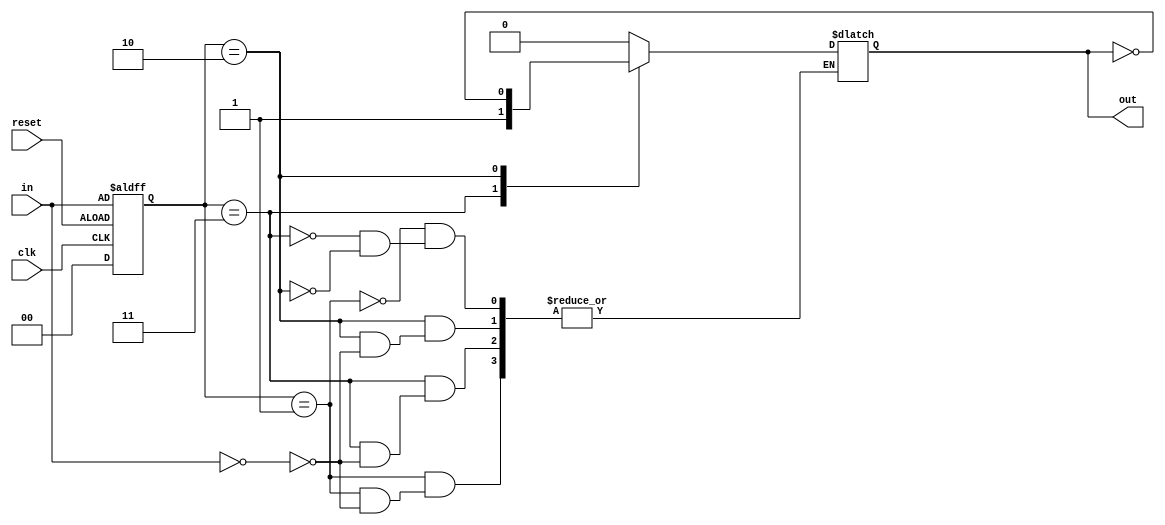
`timescale 1 ns / 1 ps

module lab_10_2_1(in,out,clk,reset);
    input wire[1:0] in;             //
    input wire clk;                 //
    input wire reset;               //
    output reg out = 1'b0;          //


    //
    parameter s0 = 2'b00;
    parameter s1 = 2'b01;
    parameter s2 = 2'b10;
    parameter s3 = 2'b11;

    //
    reg[1:0] current_state;
    reg[1:0] next_state;

    //
    always @(posedge clk or negedge reset)
        begin
            if(reset)
                current_state <= s0;
            else
                current_state <= next_state;
        end

    //
    always @(in)
        next_state = in;

    //
    always @(current_state or next_state)
        begin
            case(current_state)
                s1: 
                    if(next_state == s0)
                        out = 1'b0;
                s3:
                    if(next_state == s0)
                        out = 1'b1;
                s2:
                    if(next_state == s0)
                        out = ~out;
            endcase
        end


endmodule